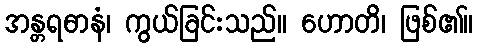
အန္တရဓာနံ၊ ကွယ်ခြင်းသည်။ ဟောတိ၊ ဖြစ်၏။